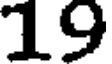
19